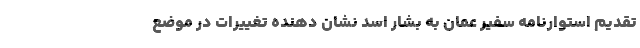
تقدیم استوارنامه سفیر عمان به بشار اسد نشان دهنده تغییرات در موضع